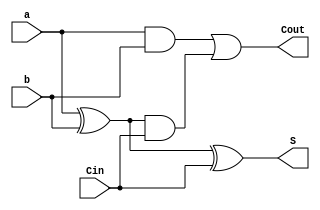
module FA(
    input a,
    input b,
    input Cin,
    output reg S,
    output reg Cout
);
    always @*
    begin
        S = a ^ b ^ Cin;
        Cout =  a&b | ((a^b) & Cin);
    end
endmodule

module RippleCarryAdder(
	input wire [31:0]a,
	input wire [31:0]b,
	input wire Cin,
	output wire [31:0]S,
	output wire Cout,
	output wire Overflow
);
	wire [32:0] Carry;
	assign Carry[0] = Cin;

	genvar i;
	generate
		for(i = 0 ;i <32;i=i+1) begin
			FA BitAdder(a[i],b[i],Carry[i],S[i],Carry[i+1]);
		end
	endgenerate

	assign Cout = Carry[32];
	assign Overflow = (a[31] == b[31]) & (a[31] != S[31]);

endmodule